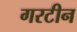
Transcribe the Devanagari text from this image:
गरटीन